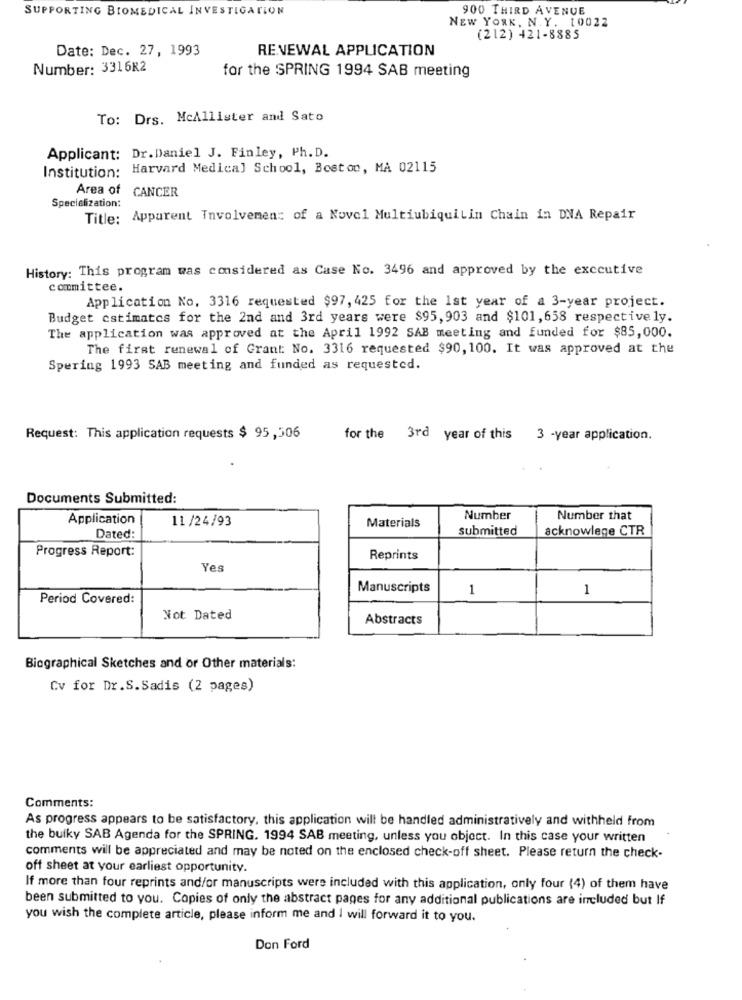
SUPPORTING BIOMEDICAL INVESTIGATION
900 THIRD AVENUE
NEW YORK, N. Y. 10022
(212) 421-8885
Date: Dec. 27, 1993
RENEWAL APPLICATION
Number: 3316K2
for the SPRING 1994 SAB meeting
To: Drs. McAllister and Sato
Applicant: Dr.Daniel J. Finley, Ph. D.
Harvard Medical School, Boston, MA 02115
Institution:
Area of
CANCER
Specialization:
Title: Apparent Involvement of a Novel MultiubiquiLin Chain in DNA Repair
History: This program was considered as Case No. 3496 and approved by the exccutive
committee.
Application No. 3316 requested $97, 425 for the 1st year of a 3-year project.
Budget estimates for the 2nd and 3rd years were $95, 903 and $101,658 respectively.
The application was approved at the April 1992 SAB meeting and funded for $85,000.
The first renewal of Grant: No. 3316 requested $90, 100. It was approved at the
Spering 1993 SAB meeting and funded as requested.
Request: This application requests $ 95,506
for the 3rd year of this 3 -year application.
Documents Submitted:
Application
11 /24/93
Materials
Number
Number that
submitted
acknowlege CTR
Dated:
Progress Report:
Reprints
Yes
Manuscripts
1
1
Period Covered:
Not Dated
Abstracts
Biographical Sketches and or Other materials:
Cv for Dr.S.Sadis (2 pages)
Comments:
As progress appears to be satisfactory, this application will be handled administratively and withheld from
the bulky SAB Agenda for the SPRING. 1994 SAB meeting, unless you object. In this case your written
comments will be appreciated and may be noted on the enclosed check-off sheet. Please return the check-
off sheet at your earliest opportunity.
If more than four reprints and/or manuscripts were included with this application, only four (4) of them have
been submitted to you. Copies of only the abstract pages for any additional publications are included but If
you wish the complete article, please inform me and I will forward it to you.
Don Ford